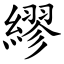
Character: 繆